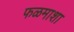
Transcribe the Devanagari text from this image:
फळमाशा